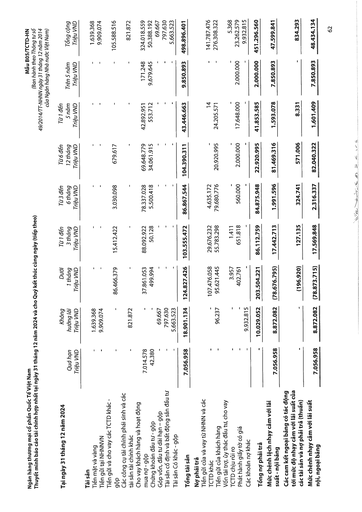
|Tại ngày 31 tháng 12 năm 2024|Quá hạn Triệu VND|Không hưởng lãi Triệu VND|Dưới 1 tháng Triệu VND|Từ 1 đến 3 tháng Triệu VND|Từ 3 đến 6 tháng Triệu VND|Từ 6 đến 12 tháng Triệu VND|Từ 1 đến 5 năm Triệu VND|Trên 5 năm Triệu VND|Tổng cộng Triệu VND| |---|---|---|---|---|---|---|---|---|---| |Tài sản|||||||||| |Tiền mặt và vàng|-|1.639.368|-|-|-|-|-|-|1.639.368| |Tiền gửi tại NHNNVN|-|9.909.074|-|-|-|-|-|-|9.909.074| |Tiền gửi và cho vay các TCTD khác - gộp|-|-|86.466.379|15.412.422|3.030.098|679.617|-|-|105.588.516| |Các công cụ tài chính phái sinh và các tài sản tài chính khác|-|821.872|-|-|-|-|-|-|821.872| |Cho vay khách hàng và hoạt động mua nợ gộp|7.014.578|-|37.861.053|88.092.922|78.337.028|69.648.779|42.892.951|171.248|324.018.559| |Chứng khoán đầu tư - gộp|42.380|-|499.994|50.128|5.500.418|34.061.915|553.712|9.679.645|50.388.192| |Góp vốn, đầu tư dài hạn - gộp|-|69.667|-|-|-|-|-|-|69.667| |Tài sản cố định và bất động sản đầu tư|-|797.630|-|-|-|-|-|-|797.630| |Tài sản Có khác - gộp|-|5.663.523|-|-|-|-|-|-|5.663.523| |Tổng tài sản|7.056.958|18.901.134|124.827.426|103.555.472|86.867.544|104.390.311|43.446.663|9.850.893|498.896.401| |Nợ phải trả|||||||||| |Tiền gửi của và vay từ NHNN và các TCTD khác|-|-|107.476.058|29.676.232|4.635.172|-|14|-|141.787.476| |Tiền gửi của khách hàng|-|96.237|95.621.445|55.783.298|79.680.776|20.920.995|24.205.571|-|276.308.322| |Vốn tài trợ, ủy thác đầu tư, cho vay TCTD chịu rủi ro|-|-|3.957|1.411|-|-|-|-|5.368| |Phát hành giấy tờ có giá|-|-|402.761|651.818|560.000|2.000.000|17.648.000|2.000.000|23.262.579| |Các khoản nợ khác|-|9.932.815|-|-|-|-|-|-|9.932.815| |Tổng nợ phải trả|-|10.029.052|203.504.221|86.112.759|84.875.948|22.920.995|41.853.585|2.000.000|451.296.560| |Mức chênh lệch nhạy cảm với lãi suất - nội bảng|7.056.958|8.872.082|(78.676.795)|17.442.713|1.991.596|81.469.316|1.593.078|7.850.893|47.599.841| |Các cam kết ngoại bảng có tác động tới mức độ nhạy cảm với lãi suất của các tài sản và nợ phải trả (thuần)|-|-|(196.920)|127.135|324.741|571.006|8.331|-|834.293| |Mức chênh nhạy cảm với lãi suất nội, ngoại bảng|7.056.958|8.872.082|(78.873.715)|17.569.848|2.316.337|82.040.322|1.601.409|7.850.893|48.434.134|